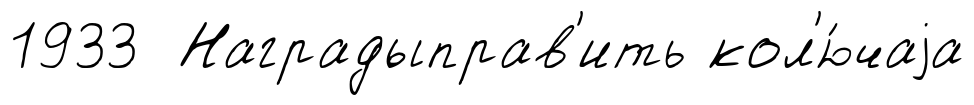
1933 Наградыправ'ить кол'ю́чаjа